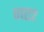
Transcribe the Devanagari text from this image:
वाए२